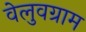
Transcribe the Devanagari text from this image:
वेलुवग्राम